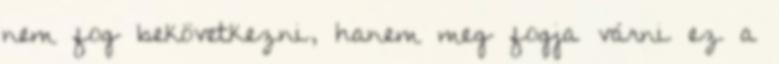
nem fog bekövetkezni, hanem meg fogja várni ez a